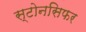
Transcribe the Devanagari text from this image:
स्टोनसिफर